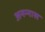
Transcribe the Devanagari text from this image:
अनन्‍नास